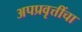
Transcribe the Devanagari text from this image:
अपप्रवृत्तींचा